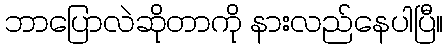
ဘာပြောလဲဆိုတာကို နားလည်နေပါပြီ။